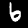
Label: 6